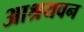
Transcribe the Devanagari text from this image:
आश्रयवन